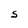
Character: S